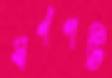
স্বর্ণপট্টি